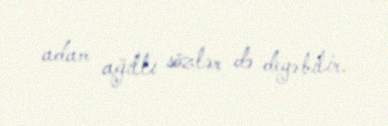
adam ağıllı sözlər də deyə bilir.